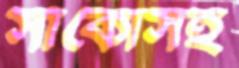
সাঁকোসহ